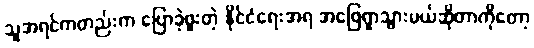
သူအရင်ကတည်းက ပြောခဲ့ဖူးတဲ့ နိုင်ငံရေးအရ အဖြေရှာသွားမယ်ဆိုတာကိုတော့